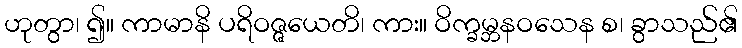
ဟုတွာ၊ ၍။ ကာမာနိ ပရိဝဇ္ဇယေတိ၊ ကား။ ဝိက္ခမ္ဘနဝသေန စ၊ ခွာသည်၏